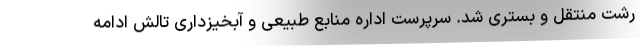
رشت منتقل و بستری شد. سرپرست اداره منابع طبیعی و آبخیزداری تالش ادامه